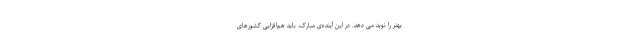
بهتر را نوید می دهد. در این آینده‌ی مبارک، باید هم‌افزایی کشورهای